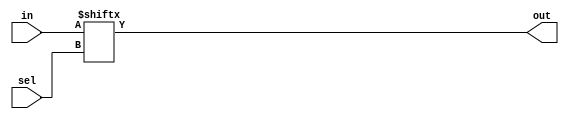
module mux(out,in,sel);
 output out;
 input[15:0] in;
 input[5:0] sel;
 assign out=in[sel];
endmodule